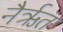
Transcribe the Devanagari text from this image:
नैर्ऋत